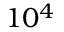
1 0 ^ { 4 }